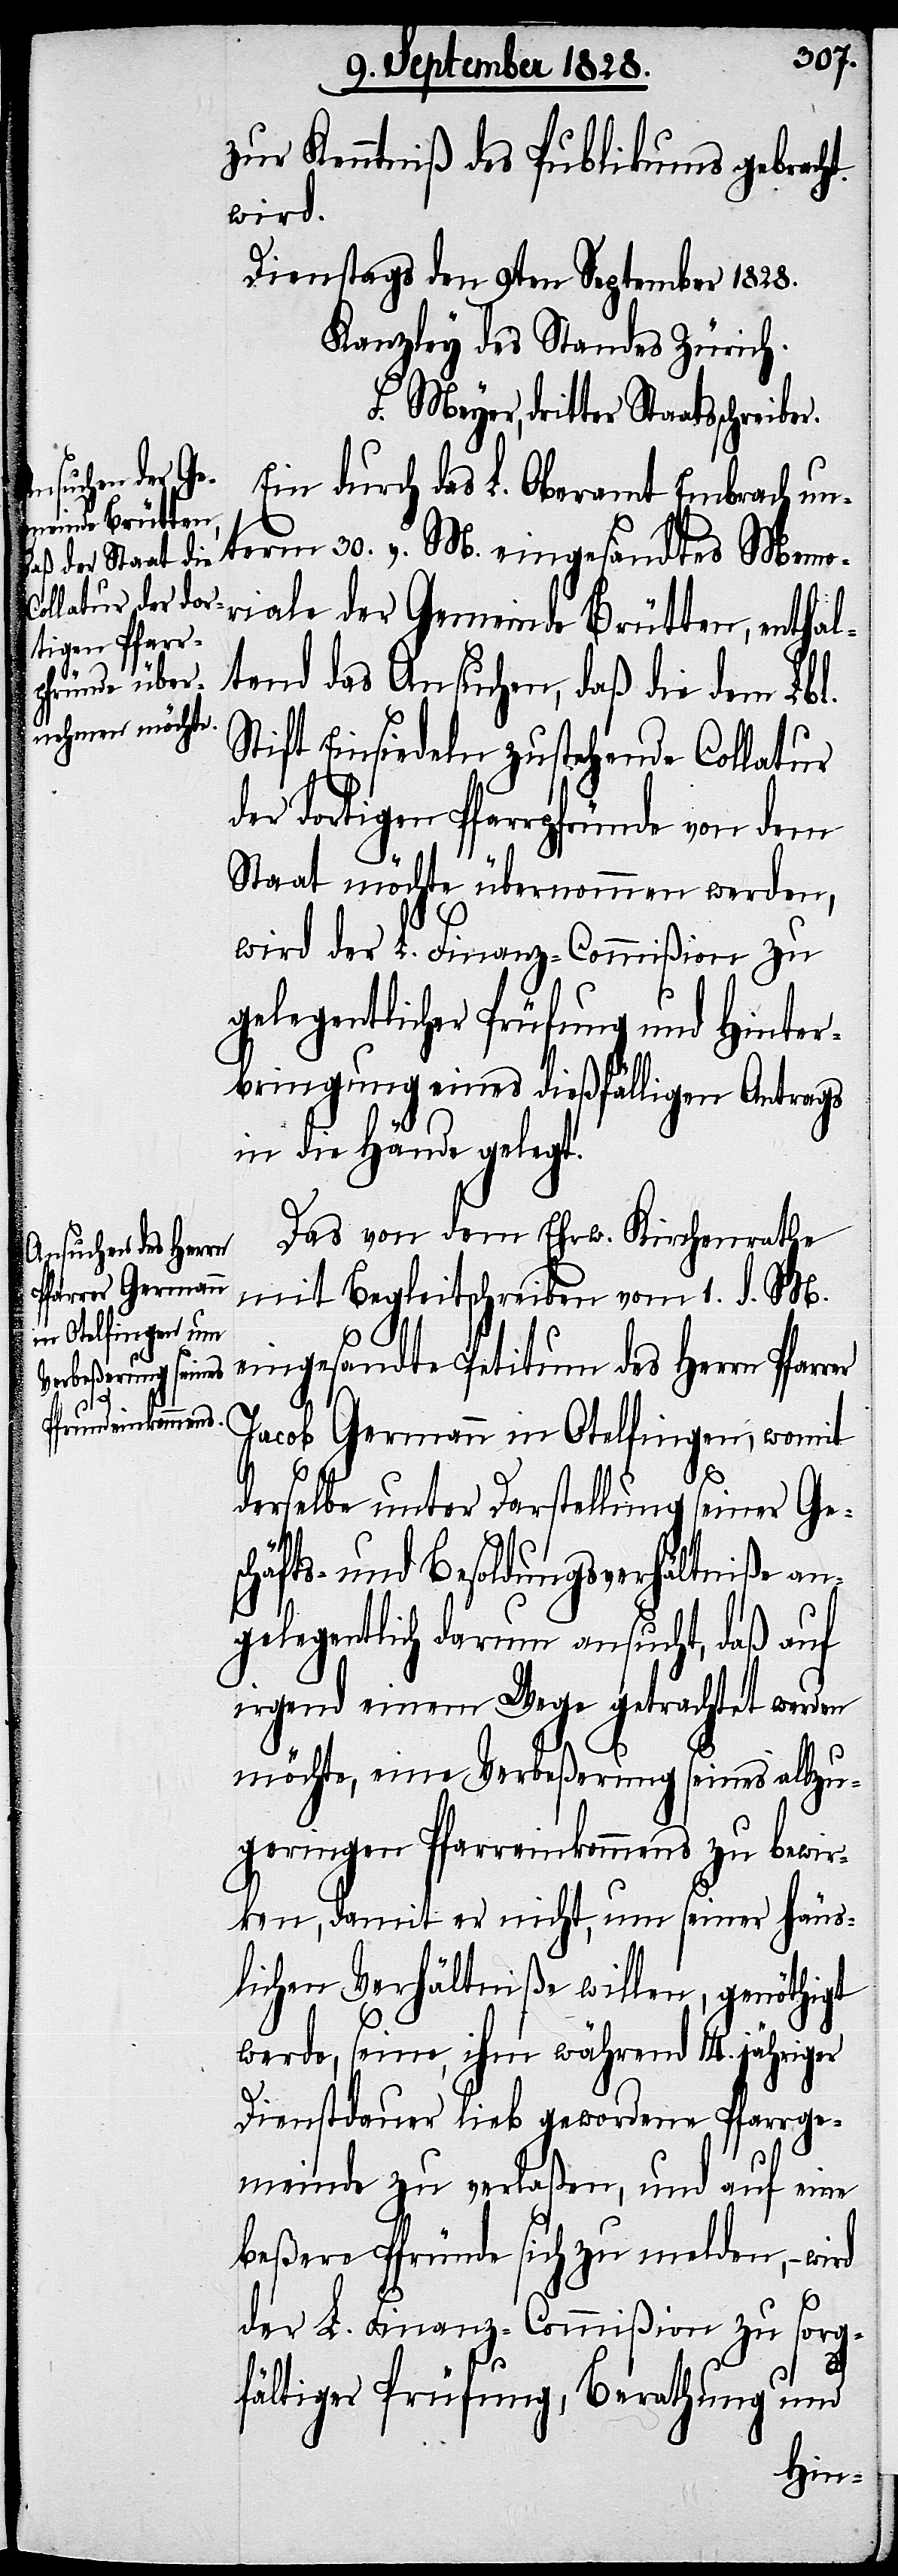
zur Kenntniß des Publikums gebracht
wird.
Dienstags den 9ten September 1828.
Kanzley des Standes Zürich.
L. Meyer, dritter Staatsschreiber.
Ein durch das L. Oberamt Embrach un¬
term 30. v. M. eingesandtes Mem¬
oriale der Gemeinde Brütten, enthal¬
tend das Ansuchen, daß die dem Lbl.
Stift Einsiedeln zustehende Collatur
der dortigen Pfarrpfründe von dem
Staat möchte übernommen werden,
wird der L. Finanz-Commißion zu
gelegentlicher Prüfung und Hinter¬
bringung eines dießfälligen Antrags
in die Hände gelegt.
Das von dem Ehrw. Kirchenrathe
mit Begleitschreiben vom 1. d. M.
eingesandte Petitum des Herrn Pfarrer
Jacob Germann in Otelfingen, womit
derselbe unter Darstellung seiner Ge¬
schäfts- und Besoldungsverhältniße an¬
gelegentlich darum ansucht, daß auf
irgend einem Wege getrachtet werden
möchte, eine Verbeßerung seines allzu¬
geringen Pfarreinkommens zu bewir¬
ken, damit er nicht, um seiner häus¬
lichen Verhältniße willen, genöthigt
werde, seine, ihm während 14 jähriger
Dienstdauer lieb gewordene Pfarrge¬
meinde zu verlaßen, und auf eine
beßere Pfründe sich zu melden, –wird
der L. Finanz-Commißion zu sorg¬
fältiger Prüfung, Berathung und